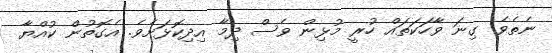
ނެތެވެ. ގިނަ ވާހަކަތައް ހުރީ މުޅިން ވެސް ދިމާ އިދިކޮޅަށެވެ. އެގޮތުން ކުއްޔާ